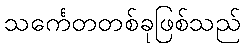
သင်္ကေတတစ်ခုဖြစ်သည်